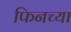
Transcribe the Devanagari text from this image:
फिनच्या